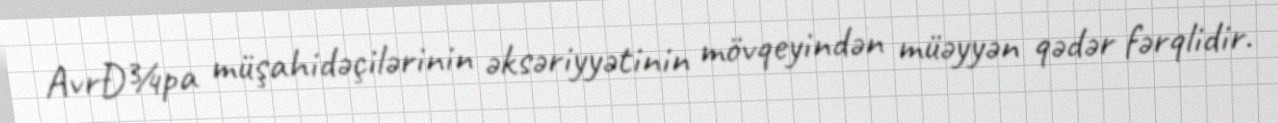
AvrÐ¾pa müşahidəçilərinin əksəriyyətinin mövqeyindən müəyyən qədər fərqlidir.